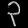
Digit: ၃